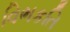
વિભકતિ